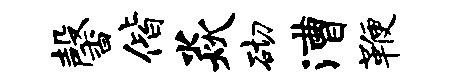
馨偕焱砌漕鞭